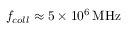
f _ { c o l l } \approx 5 \times 1 0 ^ { 6 } \, \mathrm { M H z }